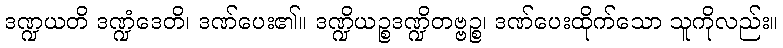
ဒဏ္ဍယတိ ဒဏ္ဍံဒေတိ၊ ဒဏ်ပေး၏။ ဒဏ္ဍိယဉ္စဒဏ္ဍိတဗ္ဗဉ္စ၊ ဒဏ်ပေးထိုက်သော သူကိုလည်း။